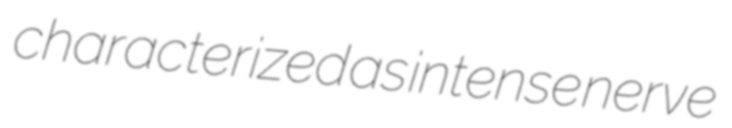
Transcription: characterized as intense nerve